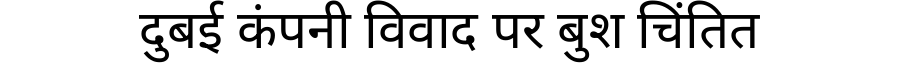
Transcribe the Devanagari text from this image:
दुबई कंपनी विवाद पर बुश चिंतित